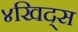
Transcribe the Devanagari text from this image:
४खिद्स